Note on the mental hospitals in Burma - 1925-1940
Year: 1925
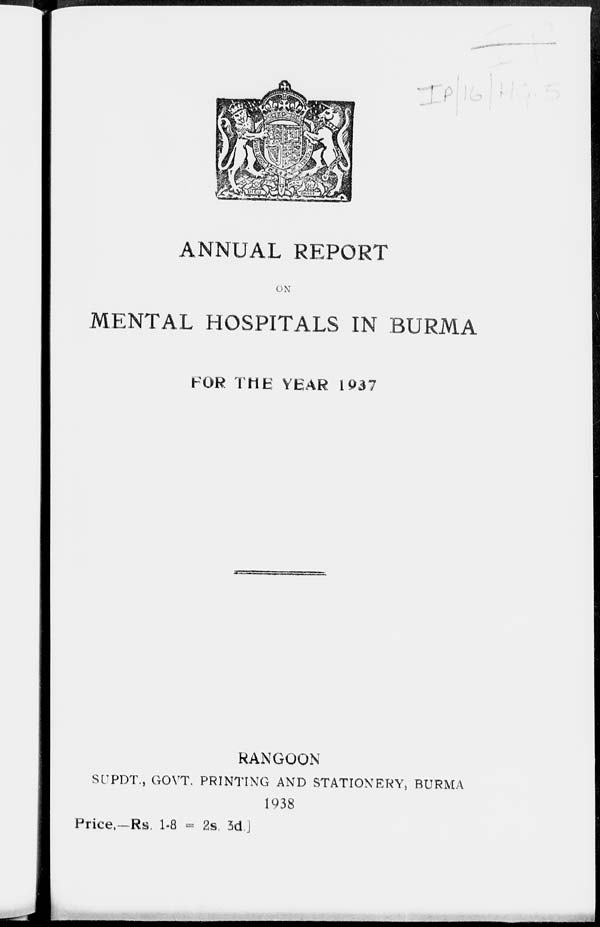
ANNUAL REPORT
ON
MENTAL HOSPITALS IN BURMA
FOR THE YEAR 1937
RANGOON
SUPDT., GOVT. PRINTING AND STATIONERY, BURMA
1938
Price,-Rs. 1-8 = 2s. 3d]